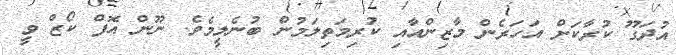
އުދަގޫ ކުރާކަށް އަހަރެން މާޒިންއާއި ކުރިމަތިލަމުން ބުނެލީމެވެ. ނޫން އޮފް ކޯޒް ވީ